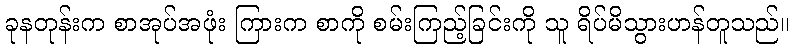
ခုနတုန်းက စာအုပ်အဖုံး ကြားက စာကို စမ်းကြည့်ခြင်းကို သူ ရိပ်မိသွားဟန်တူသည်။